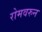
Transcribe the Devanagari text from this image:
रोमवरुन